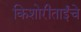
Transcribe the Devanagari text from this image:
किशोरीताईंचे